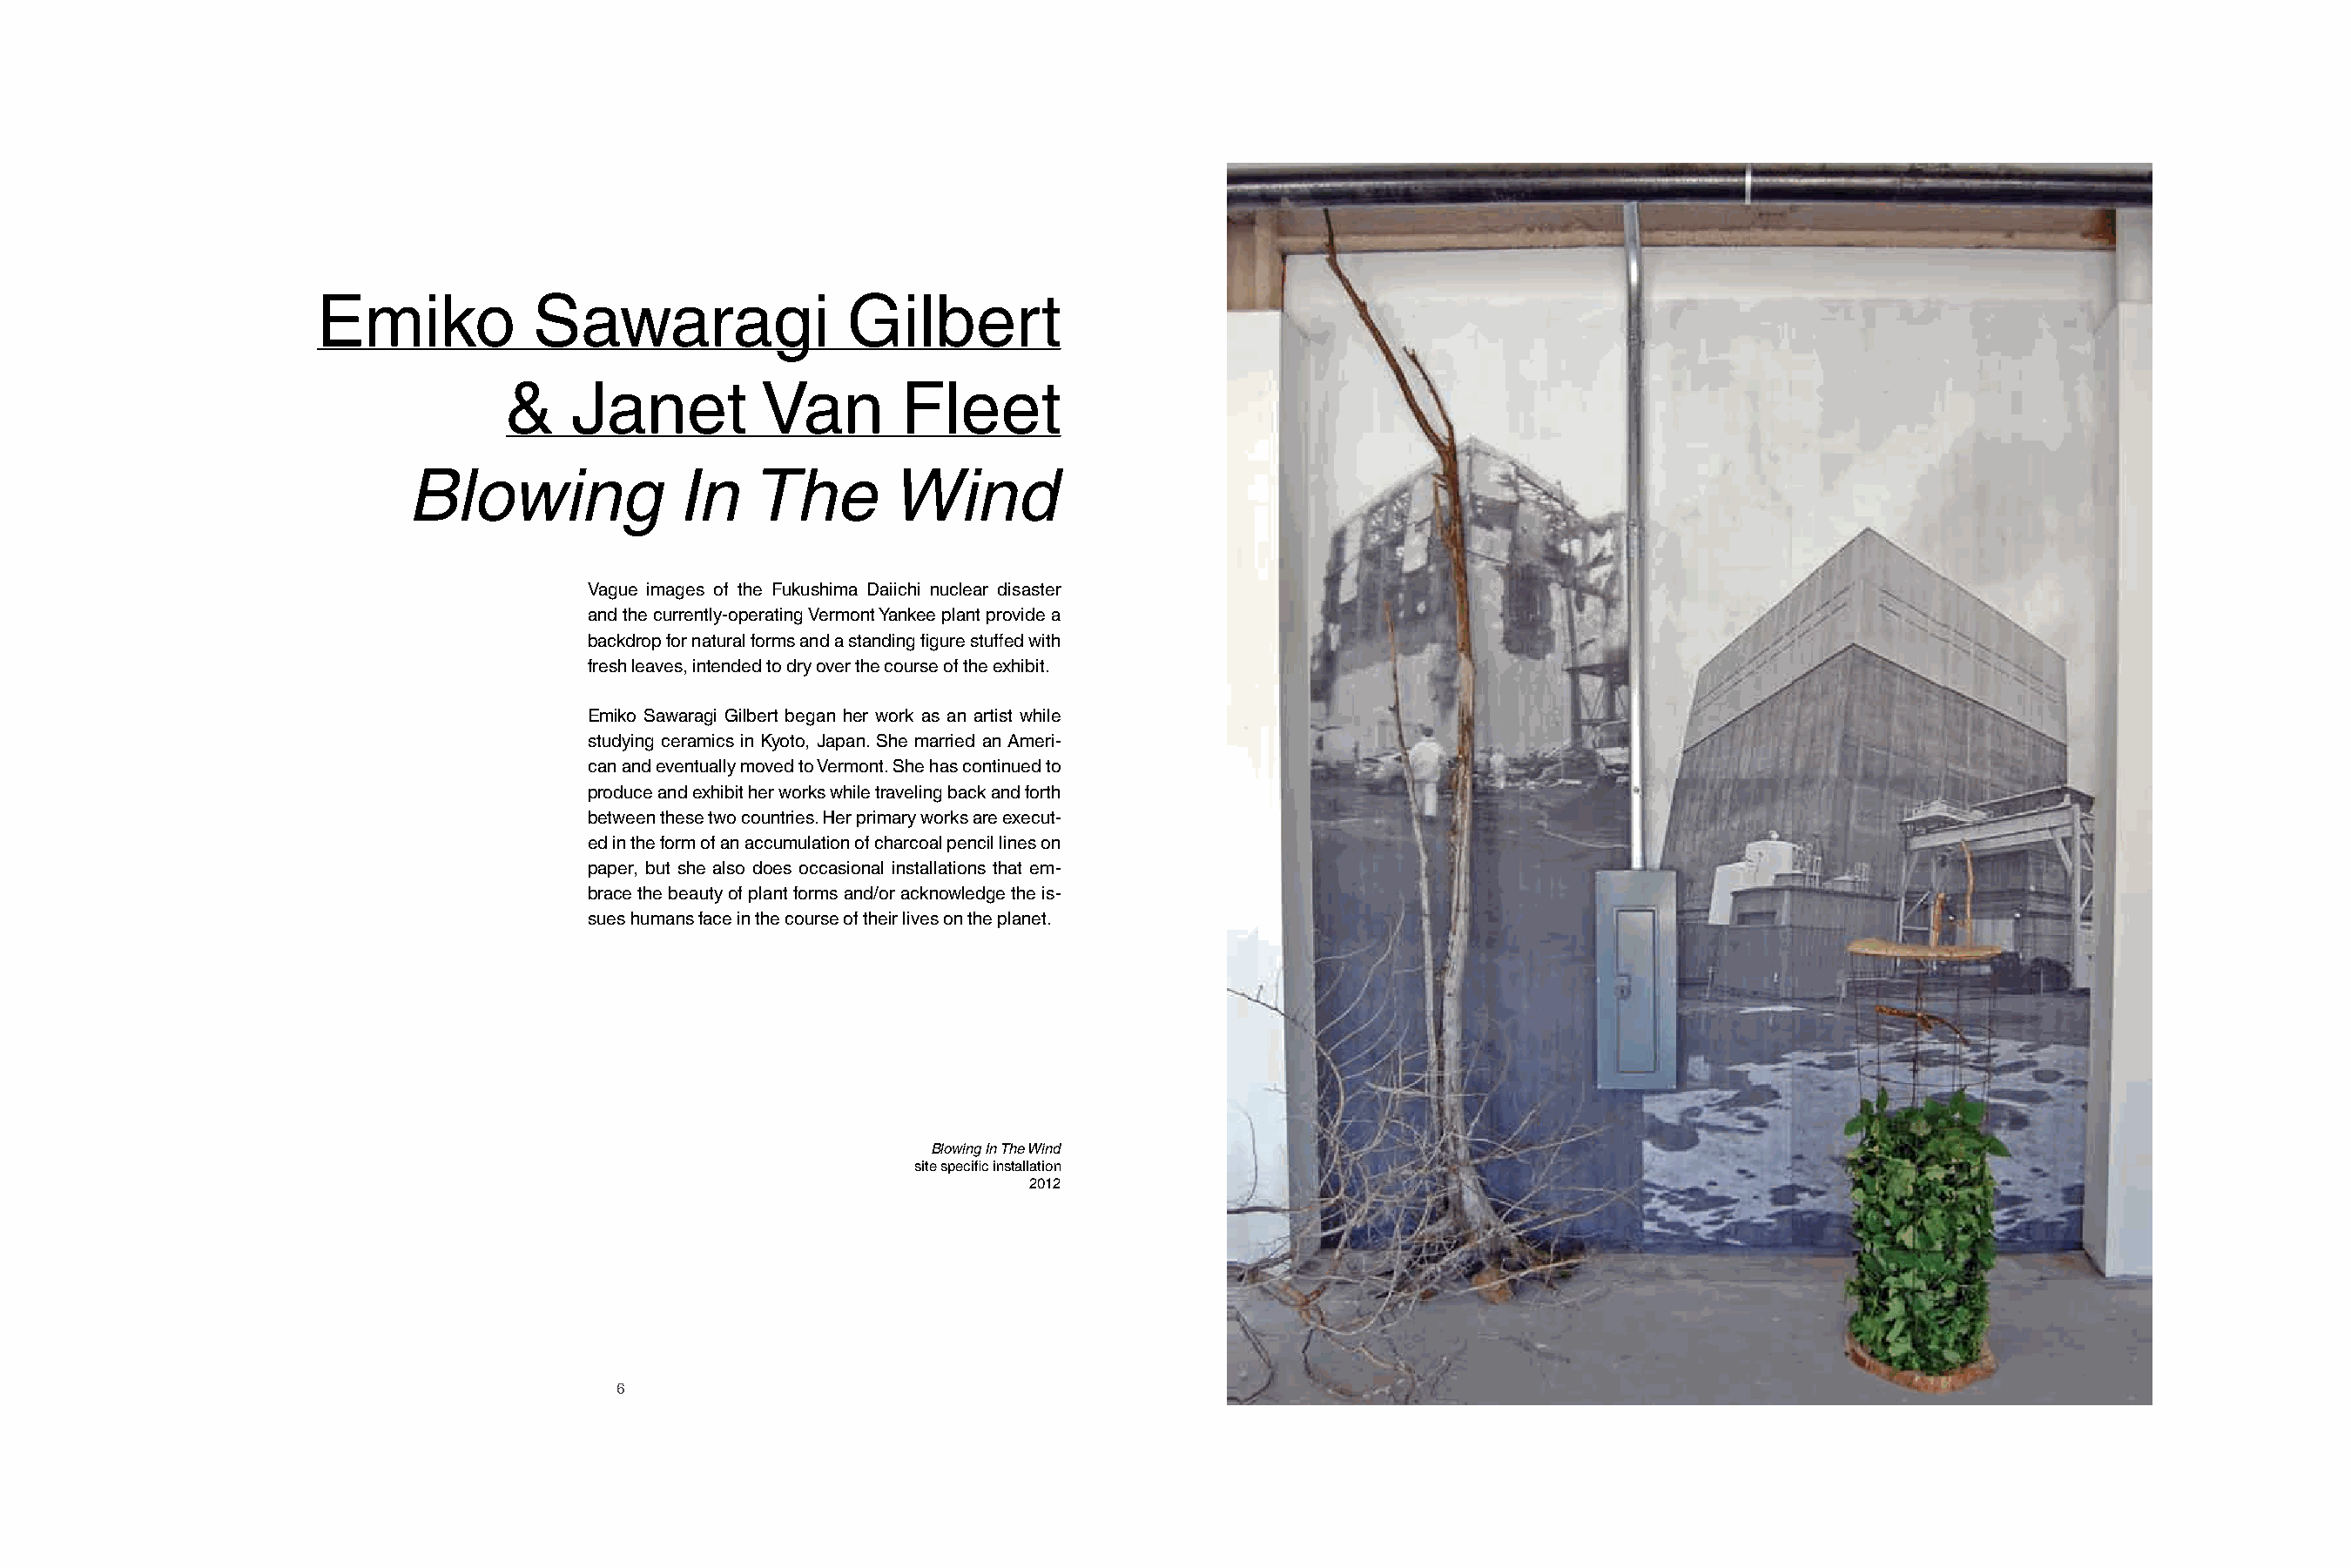
Emiko            Sawaragi               Gilbert
 &    Janet          Van        Fleet
 Blowing              In   The        Wind
 Vague images of the Fukushima Daiichi nuclear disaster
 and the currently-operating Vermont Yankee plant provide a
 backdrop for natural forms and a standing figure stuffed with
 fresh leaves, intended to dry over the course of the exhibit.
 Emiko Sawaragi Gilbert began her work as an artist while
 studying ceramics in Kyoto, Japan. She married an Ameri-
 can and eventually moved to Vermont. She has continued to
 produce and exhibit her works while traveling back and forth
 between these two countries. Her primary works are execut-
 ed in the form of an accumulation of charcoal pencil lines on
 paper, but she also does occasional installations that em-
 brace the beauty of plant forms and/or acknowledge the is-
 sues humans face in the course of their lives on the planet.
 Blowing In The Wind
 site specific installation
 2012
 6                                                                                   7